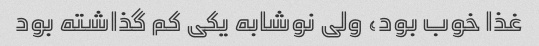
غذا خوب بود، ولی نوشابه یکی کم گذاشته بود